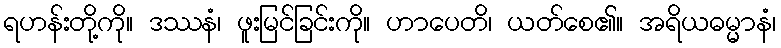
ရဟန်းတို့ကို။ ဒဿနံ၊ ဖူးမြင်ခြင်းကို။ ဟာပေတိ၊ ယတ်စေ၏။ အရိယဓမ္မာနံ၊